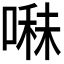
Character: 𭉬